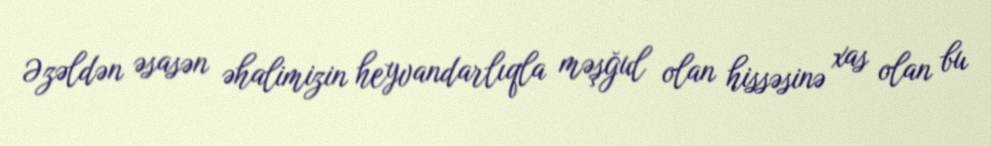
Əzəldən əsasən əhalimizin heyvandarlıqla məşğul olan hissəsinə xas olan bu